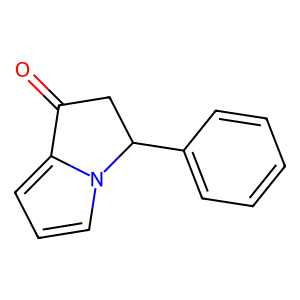
SMILES: O=C1CC(c2ccccc2)n2cccc21
Inhibits HIV replication: No